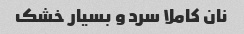
نان کاملا سرد و بسیار خشک